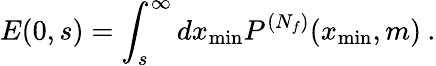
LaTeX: E(0,s)=\int_{s}^{\infty}dx_{\mathrm{min}}P^{(N_{f})}(x_{\mathrm{min}},m)\: .